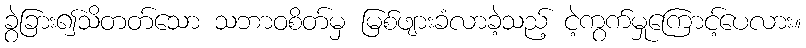
ခွဲခြား၍သိတတ်သော သဘာဝစိတ်မှ မြစ်ဖျားခံလာခဲ့သည့် ငဲ့ကွက်မှုကြောင့်ပေလား။